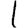
Digit: 1